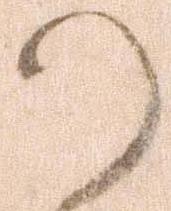
か